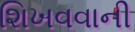
શિખવવાની